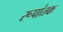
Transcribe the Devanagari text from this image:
रूपांतक